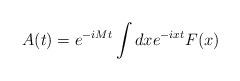
LaTeX: \begin{align*}A(t)=e^{-iMt}\int {dxe^{-ixt}F(x)}\end{align*}